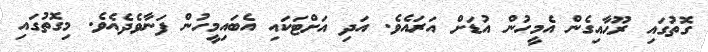
ގޮތުގައި ރޫޙާއިގެން އެމީހުން އުޑަށް އަރައެވެ. އަދި އަށްޓަކައި އެބައިމީހުން ފަނާވެދެއެވެ. މިގޮތުގައި